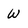
Character: W